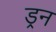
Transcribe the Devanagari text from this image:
ड्रन